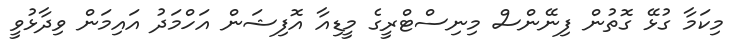
މިކަމާ ގުޅޭ ގޮތުން ފިނޭންސް މިނިސްޓްރީގެ މީޑިއާ އޮފިޝަން އަހްމަދު އައިމަން ވިދާޅުވީ